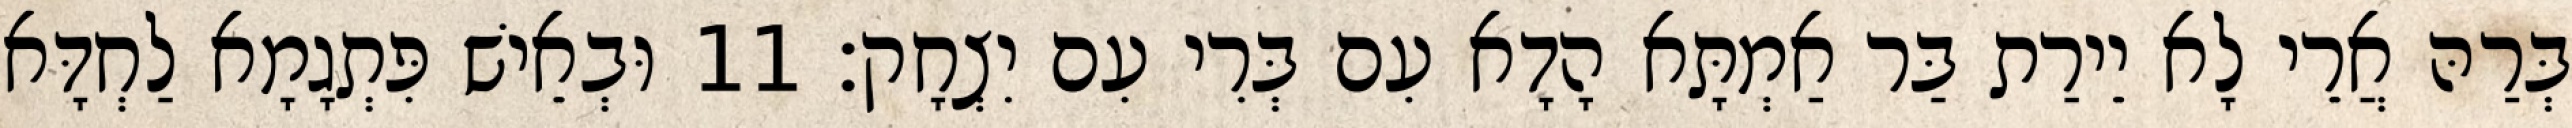
בְּרַהּ אֲרֵי לָא יֵירַת בַּר אַמְתָּא הָדָא עִם בְּרִי עִם יִצְחָק׃ 11 וּבְאֵישׁ פִּתְגָמָא לַחְדָּא